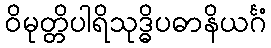
ဝိမုတ္တိပါရိသုဒ္ဓိပဓာနိယင်္ဂံ